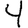
Digit: 4